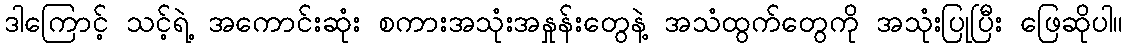
ဒါကြောင့် သင့်ရဲ့ အကောင်းဆုံး စကားအသုံးအနှုန်းတွေနဲ့ အသံထွက်တွေကို အသုံးပြုပြီး ဖြေဆိုပါ။